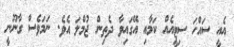
އެއީ ސައްހަ ސިޓީއެއް ކަމާއި އޭގައިވާ ދެތިން ޖުމްލަ އެވެ. ނަމަވެސް ގާނޫނީ